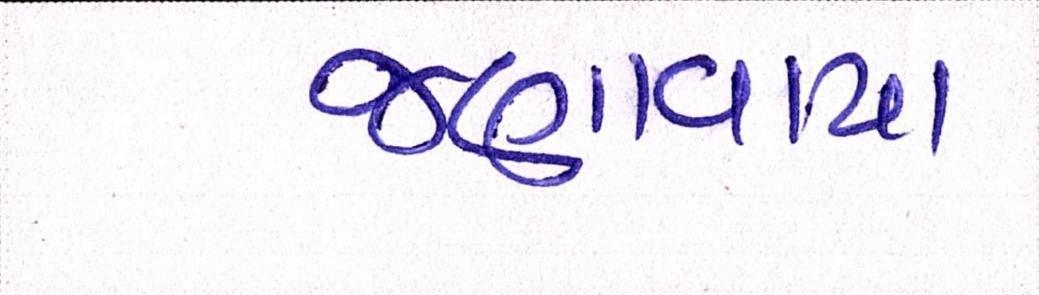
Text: જણાવાયા